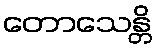
တောသေန္တိ